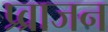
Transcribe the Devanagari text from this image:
प्र्व्राजन